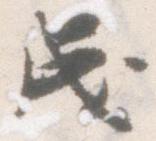
成